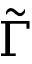
\tilde { \Gamma }